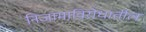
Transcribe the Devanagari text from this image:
निजामाविरोधातील